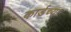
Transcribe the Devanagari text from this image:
कार्डच्या